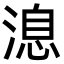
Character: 㴧